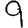
Digit: 9